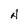
Character: H